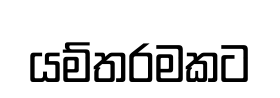
යම්තරමකට